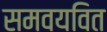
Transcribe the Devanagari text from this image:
समवयवित